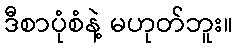
ဒီစာပုံစံနဲ့ မဟုတ်ဘူး။